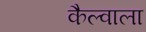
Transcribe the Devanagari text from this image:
कैल्वाला